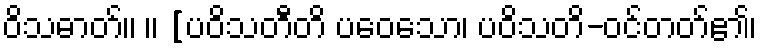
ဝိသဓာတ်။ ။ [ပဝိသတီတိ ပဝေသော၊ ပဝိသတိ-ဝင်တတ်၏၊